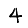
Digit: 4